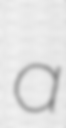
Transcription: a